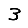
Digit: 3